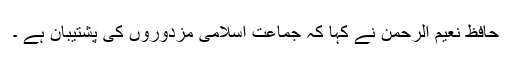
حافظ نعیم الرحمن نے کہا کہ جماعت اسلامی مزدوروں کی پشتیبان ہے ۔